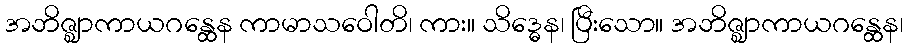
အဘိဇ္ဈာကာယဂန္ထေန ကာမာသဝေါတိ၊ ကား။ သိဒ္ဓေန၊ ပြီးသော။ အဘိဇ္ဈာကာယဂန္ထေန၊